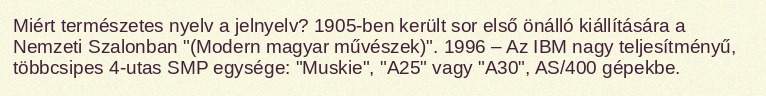
Miért természetes nyelv a jelnyelv? 1905-ben került sor első önálló kiállítására a Nemzeti Szalonban "(Modern magyar művészek)". 1996 – Az IBM nagy teljesítményű, többcsipes 4-utas SMP egysége: "Muskie", "A25" vagy "A30", AS/400 gépekbe.